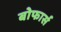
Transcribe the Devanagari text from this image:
बोफार्स